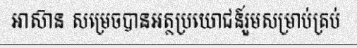
អាស៊ាន សម្រេចបានអត្ថប្រយោជន៍រួមសម្រាប់គ្រប់